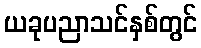
ယခုပညာသင်နှစ်တွင်